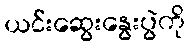
ယင်းဆွေးနွေးပွဲကို